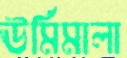
ঊর্মিমালা